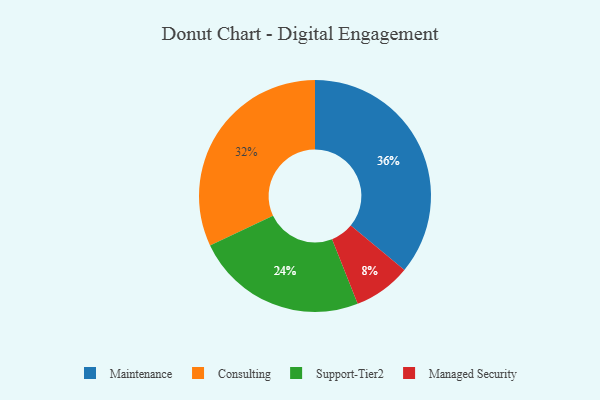
{"axis": {"x": "Category", "y": "Percentage"}, "legend": ["Consulting", "Maintenance", "Managed Security", "Support-Tier2"], "data": [{"x": "Maintenance", "y": 36, "type": "Maintenance"}, {"x": "Managed Security", "y": 8, "type": "Managed Security"}, {"x": "Support-Tier2", "y": 24, "type": "Support-Tier2"}, {"x": "Consulting", "y": 32, "type": "Consulting"}]}